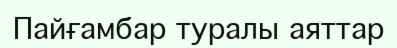
Пайғамбар туралы аяттар